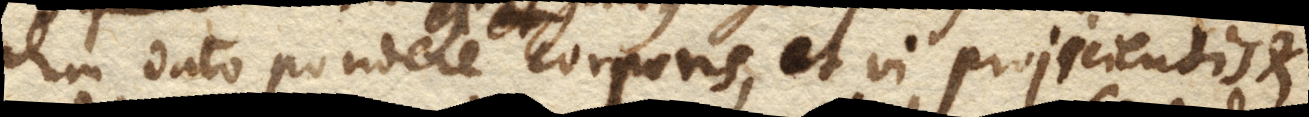
dum dato pondere corporis, et vi projicientis et